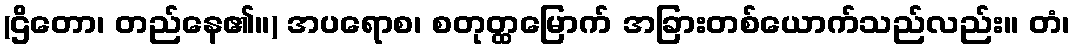
(ဌိတော၊ တည်နေ၏။) အပရောစ၊ စတုတ္ထမြောက် အခြားတစ်ယောက်သည်လည်း။ တံ၊